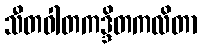
သီတဝါတကဒ္ဒိတကလိတာ